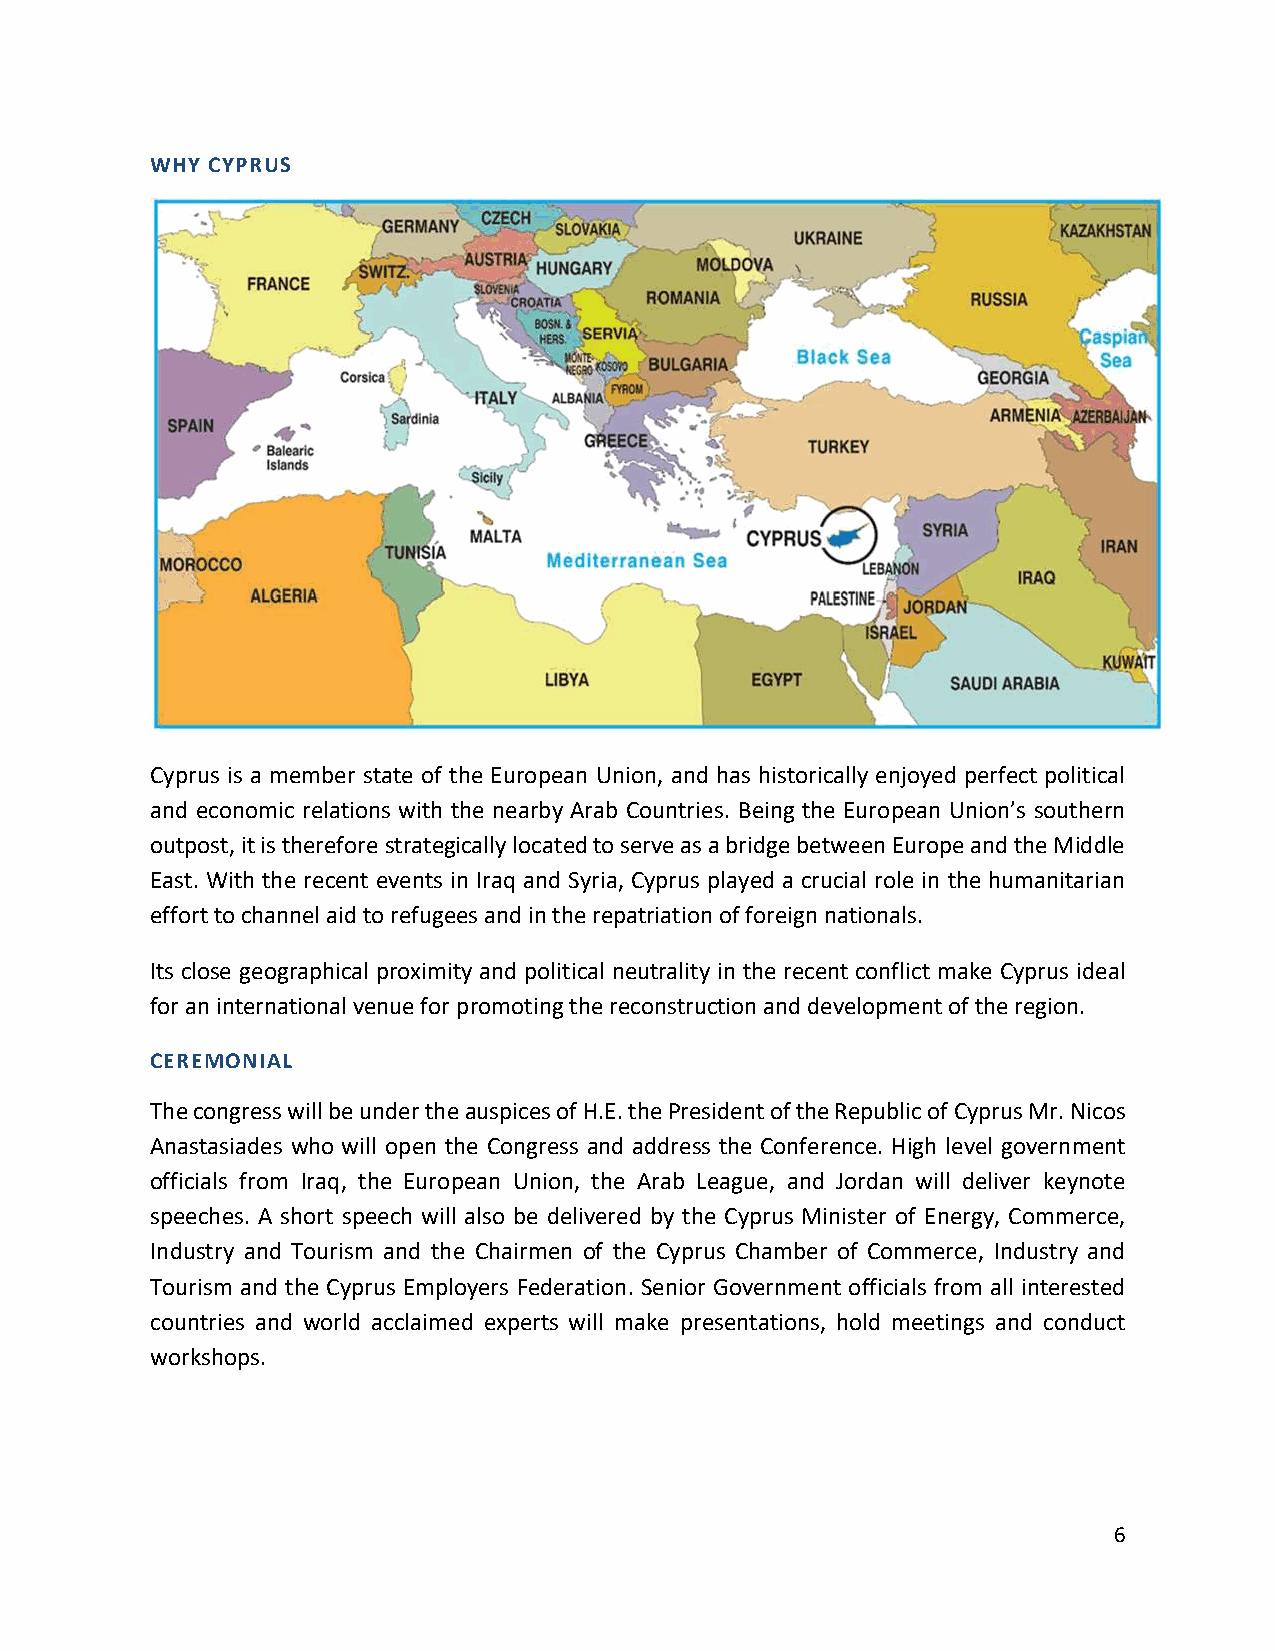
WHY CYPRUS
 Cyprus is a member state of the European Union, and has historically enjoyed perfect political
 and economic relations with the nearby Arab Countries. Being the European Union’s southern
 outpost, it is therefore strategically located to serve as a bridge between Europe and the Middle
 East. With the recent events in Iraq and Syria, Cyprus played a crucial role in the humanitarian
 effort to channel aid to refugees and in the repatriation of foreign nationals.
 Its close geographical proximity and political neutrality in the recent conflict make Cyprus ideal
 for an international venue for promoting the reconstruction and development of the region.
 CEREMONIAL
 The congress will be under the auspices of H.E. the President of the Republic of Cyprus Mr. Nicos
 Anastasiades who will open the Congress and address the Conference. High level government
 officials from Iraq, the European Union, the Arab League, and Jordan will deliver keynote
 speeches. A short speech will also be delivered by the Cyprus Minister of Energy, Commerce,
 Industry and Tourism and the Chairmen of the Cyprus Chamber of Commerce, Industry and
 Tourism and the Cyprus Employers Federation. Senior Government officials from all interested
 countries and world acclaimed experts will make presentations, hold meetings and conduct
 workshops.
 6